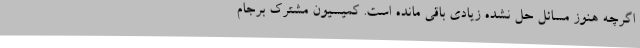
اگرچه هنوز مسائل حل نشده زیادی باقی مانده است. کمیسیون مشترک برجام